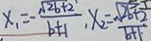
x _ { 1 } = - \frac { \sqrt { 2 b + 2 } } { b + 1 } , x _ { 2 } = \frac { \sqrt { 2 b + 2 } } { b + 1 }